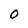
Character: O